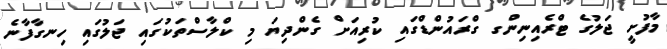
މާފުށީ ޖަލުގެ ޓްރެއިނިންގ ގްރައުންޑްގައި ކުރިއަށް ގެންދިޔަ މި ކްލާސްތަކުގައި ޖަލުގައި ހިނގާފާނެ